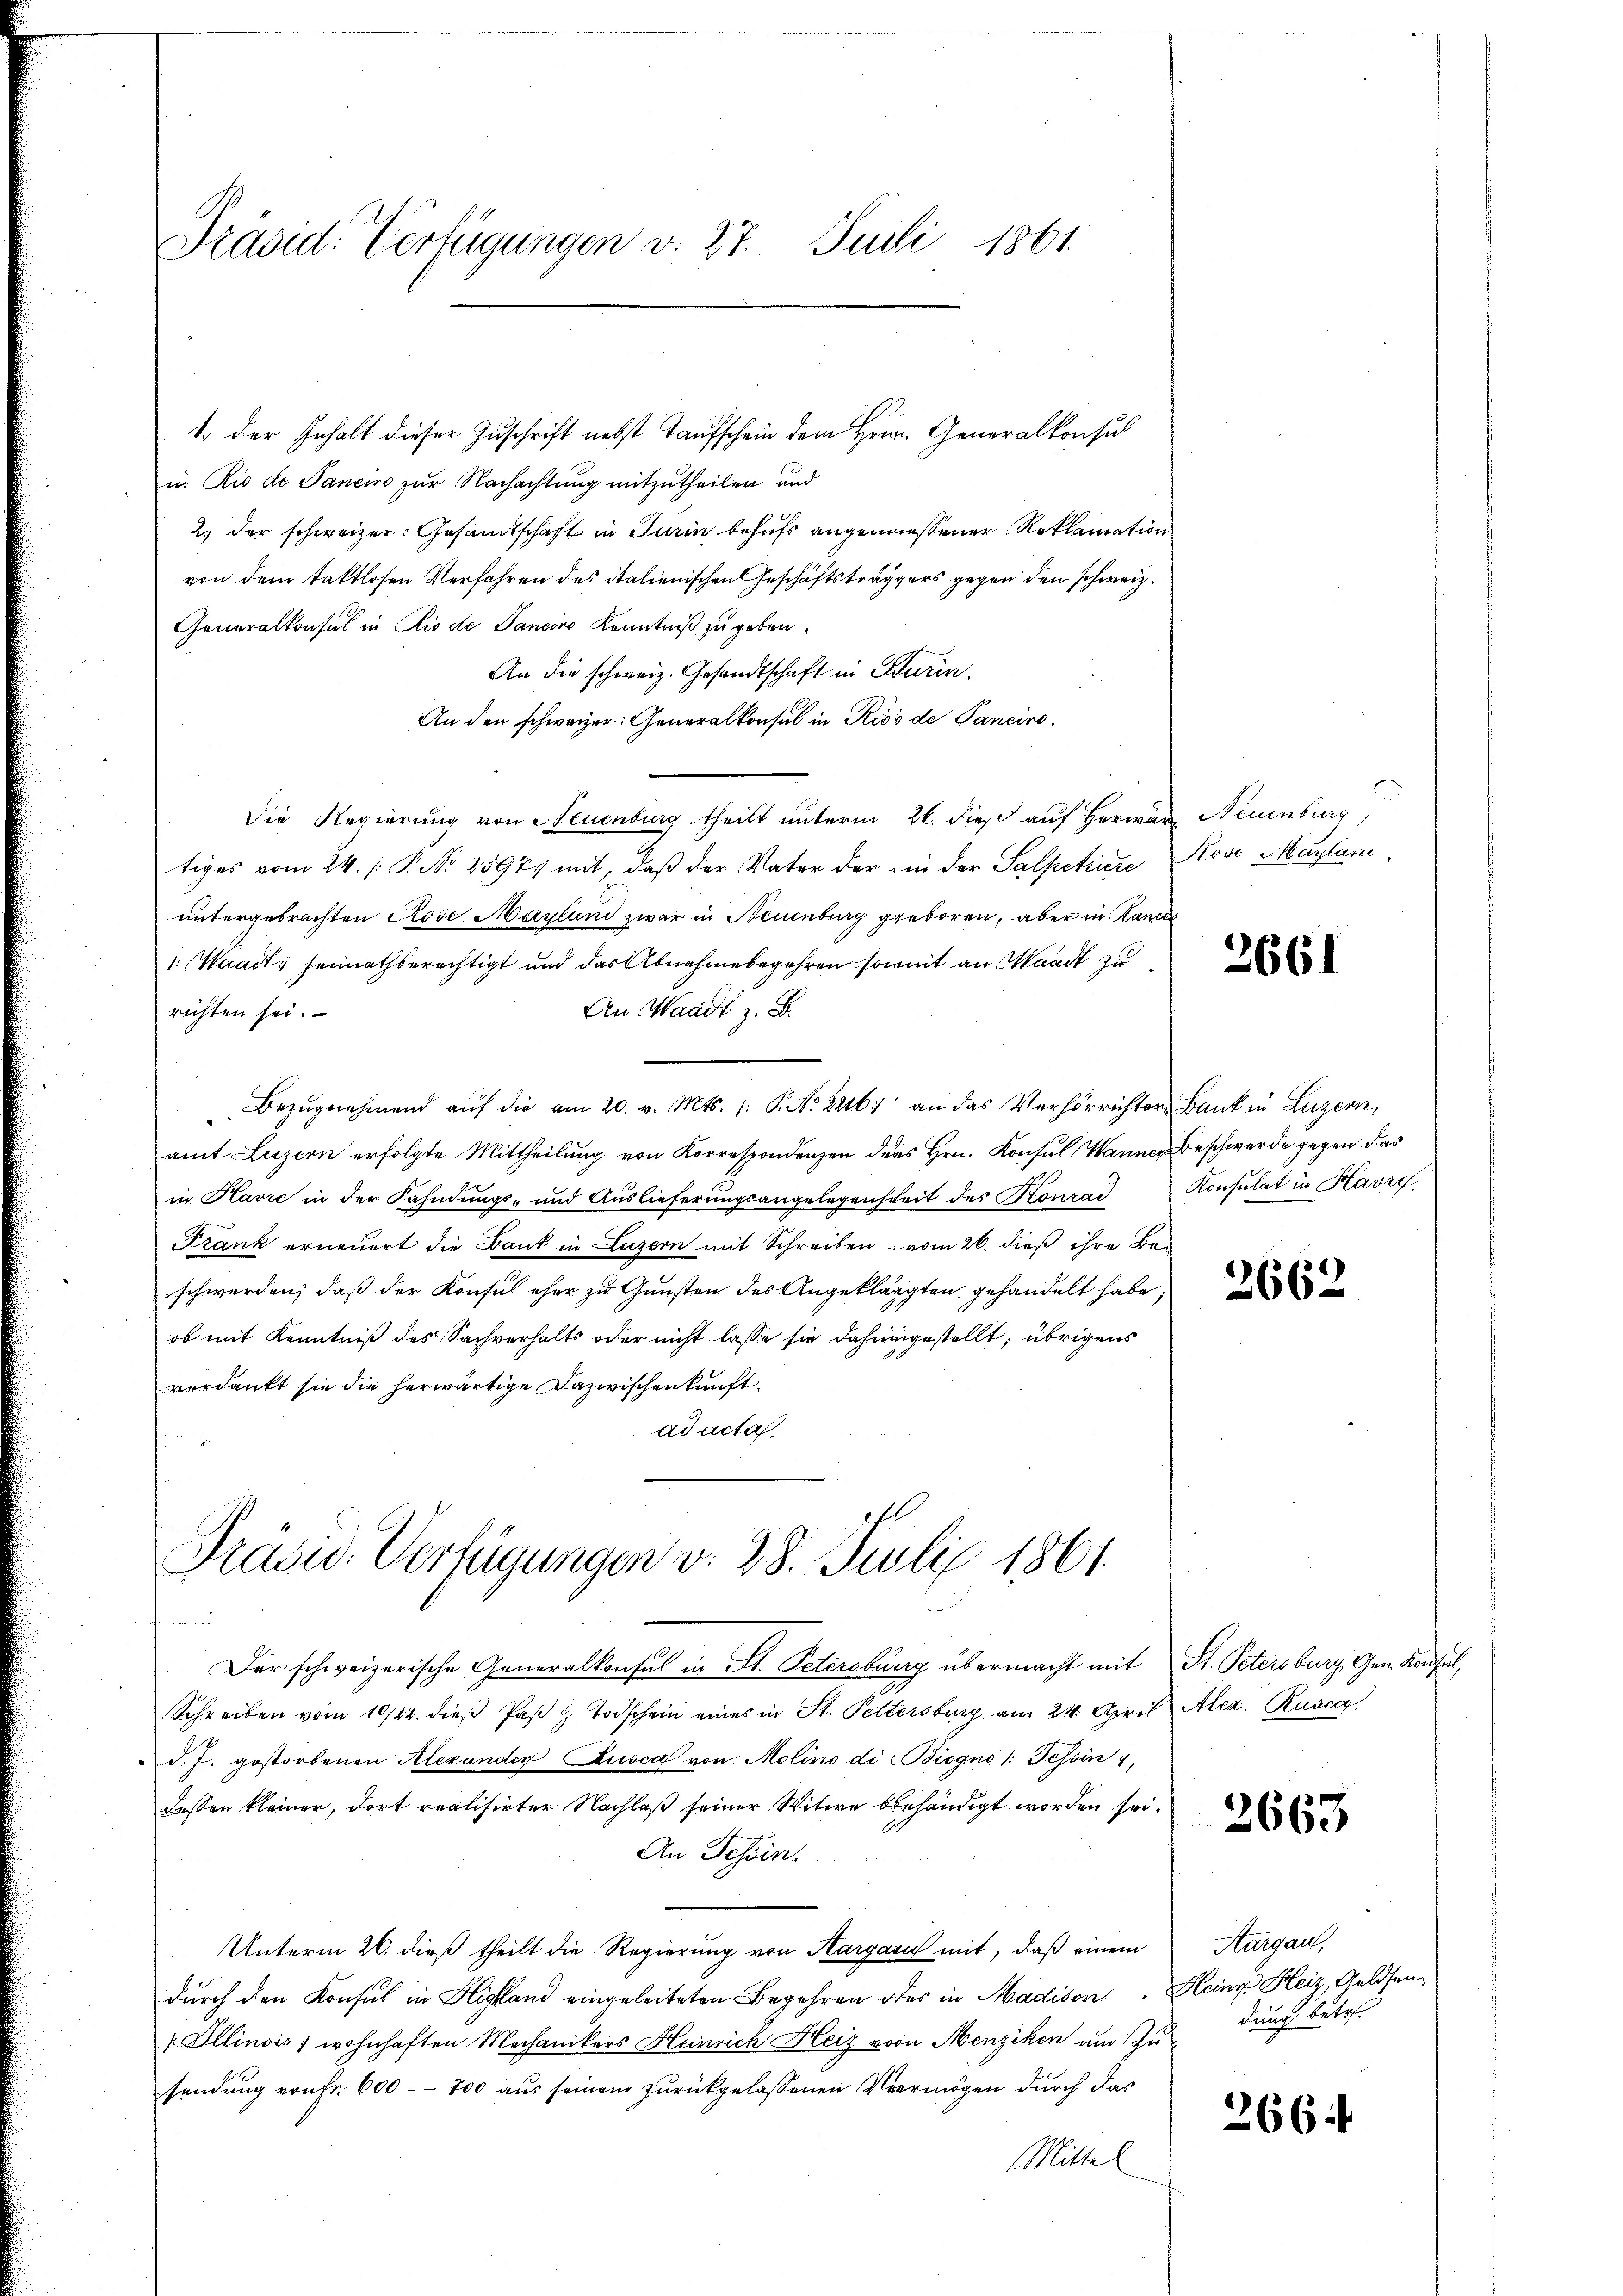
1 der Erhalt dieser Zuschrift nebst Taufschein dem Herrn Generalkonsul
in Rio de Janeiro zur Nachachtung mitzutheilen und
2) der schweizer: Gesandtschaft in Turin behufs angeniessener Reklamation
von dem taktlosen Verfahren des italienischen Geschäftsträggers gegen den schweiz.
Generalkonsul in Rio de Sancino Kenntniß zu geben.
An die schweiz. Gesandtschaft in Sturin.
An den schweizer: Generalkonsul in Riss de Panciro¬
Die Regierung von Neuenburg theilt unterm 26. dieß auf Herwar Neuenburg,
tiges vom 24. /: P. No. 25977 mit, daβ der Vater der in der Salpetirte Rose Maylan
untergebrachten Rose Mayland zwar in Neuenburg geboren, aber in Randel
1: Waadt, heimathberechtigt und das Abnahmebegehren somit an Waadt zu
An Waadt z. B.
richten sei.
Bezŭgnehmend aŭf die am 20. v. Mts. 1. P. Nr. 2216. an das Verhörrichter Bank in Luzern,
amt Luzern erfolgte Mittheilung von Korrespondenzen ders Hrn. Konsul Wanner Beschwerde gegen das
in Havre in der Fahndungs- und Auslieferŭngsangelegenheit des Konrad Konsulat in Havry.
Frank erneuert die Bank in Luzern mit Schreiben vom 26. dieß ihre Beschwerden, daß der Konsul eher zu Gunsten des Angeklagten gehandelt habe,
ob mit Kenntniß des Sachverhalts oder nicht lasse sie dahingestellt, übrigens
verdankt sie die herwärtige Dazwischenkunft.
ad acta.

Präsid. Verfügungen v. 27. Juli 1861.

Präsid. Verfügungen v. 28. Juli 1861.

Der schweizerische Generalkonsul in St. Petersburg übermacht mit St. Petersburg, Gen. Konsul,

Schreiben vom 10/22. dieβ Paβ z Todschein eines in St. Petersburg am 24. April Alez. Rusca
J. J. gestorbenen Alexander Rusca von Molino di Biogno /: Tessin 1,
dessen kleiner, dort realisirter Nachlaß seiner Witwe beehändigt worden sei.
An Tessin.
Unterm 26. dieß theilt die Regierung von Kargaris mit, daß einem
durch den Konsul in Highland eingeleiteten Begehren des in Madison. Heinr. Heiz, Geldsenx. Illinois) wohnhaften Mechanikers Heinrich Heiz von Menziken um Zusendung von Fr. 600 - 700 aus seinem zurückgelassenen Vermögen durch das
Mittel

2661

2662

2663

Aargau,
durch betr.

266